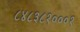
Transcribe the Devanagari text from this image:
८४८३८१०००१